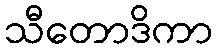
သီတောဒိကာ